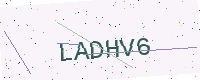
Text: LADHV6